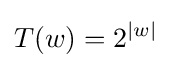
T(w)=2^{|w|}